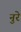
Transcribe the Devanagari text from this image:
नुरे